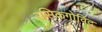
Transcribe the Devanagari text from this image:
रसिकगोविंद